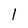
Character: l